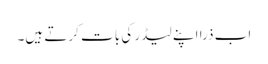
اب ذرا اپنے لیڈر کی بات کرتے ہیں۔